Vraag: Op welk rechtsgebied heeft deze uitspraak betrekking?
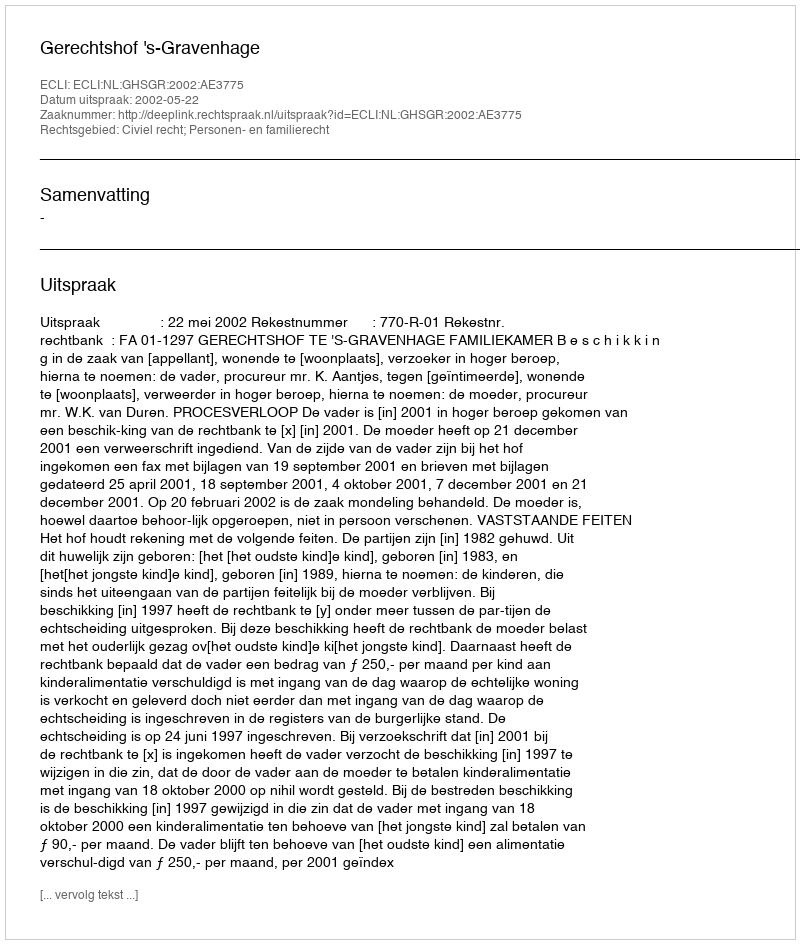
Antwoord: Civiel recht; Personen- en familierecht